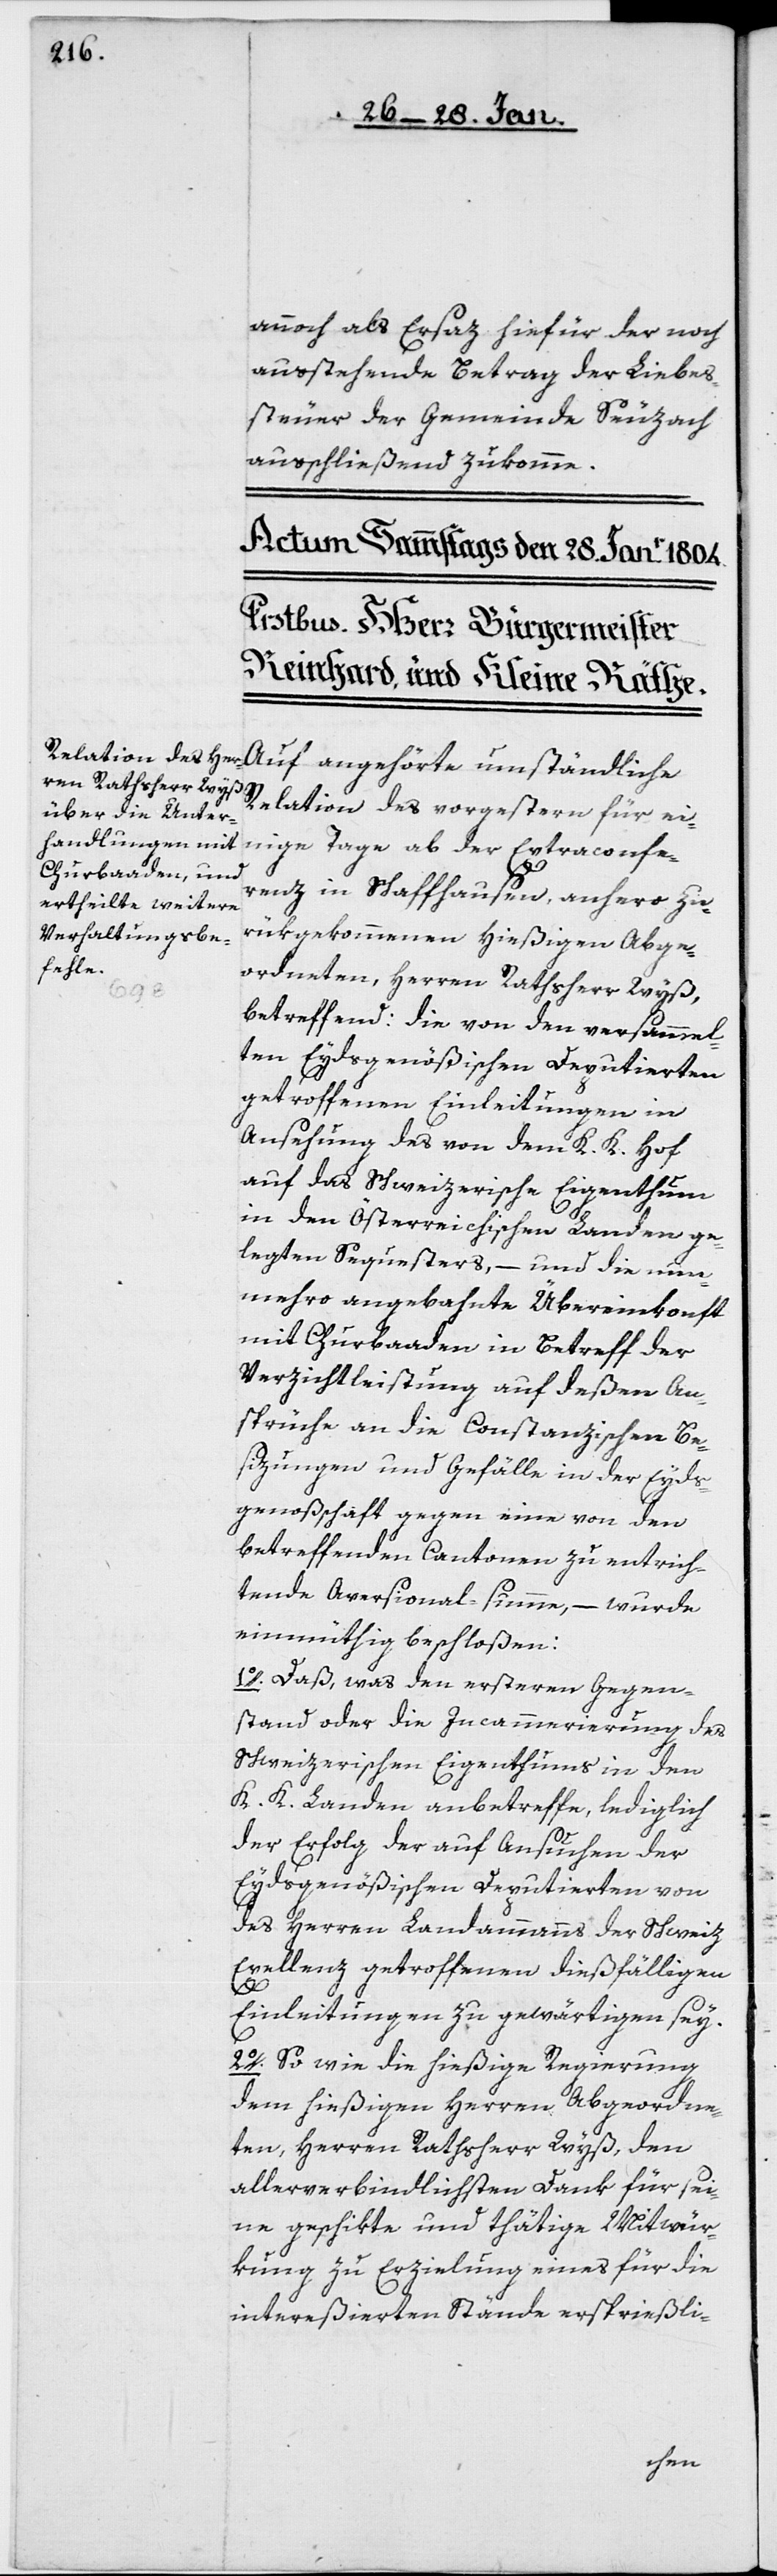
annoch als Ersaz hiefür der noch
ausstehende Betrag der Liebes¬
steuer der Gemeinde Seuzach
ausschließend zukomme.
Auf angehörte umständliche
Relation des vorgestern für ei¬
nige Tage ab der Extraconfe¬
renz in Schaffhausen, anhero zu¬
rükgekommenen hießigen Abge¬
ordneten, Herren Rathsherr Wyß,
betreffend: die von den versammel¬
ten Eydsgenößischen Deputierten
getroffenen Einleitungen in
Ansehung des von dem K. K. Hof
auf das Schweizerische Eigenthum
in den Österreichischen Landen ge¬
legten Sequesters, – und die nun¬
mehro angebahnte Übereinkonft
mit Churbaaden in Betreff der
Verzichtleistung auf deßen An¬
sprüche an die Constanzischen Be¬
sizungen und Gefälle in der Eyds¬
genoßschaft gegen eine von den
betreffenden Cantonen zu entrich¬
tende Aversional-summe, – wurde
einmüthig beschloßen:
1o. Daß, was den ersteren Gegen¬
stand oder die Incammerierung des
Schweizerischen Eigenthums in den
K. K. Landen anbetreffe, lediglich
der Erfolg der auf Ansuchen der
Eydsgenößischen Deputierten von
des Herren Landammanns der Schweiz
Excellenz getroffenen dießfälligen
Einleitungen zu gewärtigen sey.
2o. So wie die hießige Regierung
dem hießigen Herren Abgeordne¬
ten, Herrn Rathsherr Wyß, den
allerverbindlichsten Dank für sei¬
ne geschikte und thätige Mitwür¬
kung zu Erzielung eines für die
intereßierten Stände ersprießli-